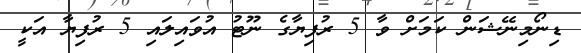
ޑިނޯމިނޭޝަން ކަމަށް ވާ 5 ރުފިޔާގެ ނޫޓު އުވައިލައި 5 ރުފިޔާ އަކީ